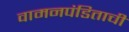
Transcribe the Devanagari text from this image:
वामनपंडिताची